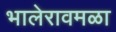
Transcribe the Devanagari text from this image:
भालेरावमळा